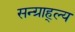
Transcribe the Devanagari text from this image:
सन्ग्राह्ल्य